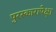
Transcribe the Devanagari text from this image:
पुरस्कारापेक्षा